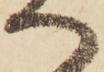
へ